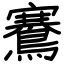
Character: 鶱